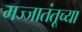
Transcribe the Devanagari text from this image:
मज्जातंतूच्या